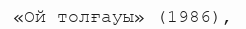
«Ой толғауы» (1986),